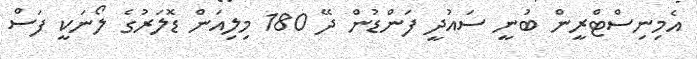
އެމިނިސްޓްރީން ބުނީ ސައުދީ ފަންޑުން ދޭ 180 މިލިއަން ޑޮލަރުގެ ލޯނަކީ ފަސް